system: You are a helpful assistant.
user:
Analyze the provided spectrum to determine if it is a **S-type Star**.

- **Key Indicators for S-type Star:**

    - **(Overall Spectrum Shape):** The first and most obvious characteristic is the overall continuum (the "baseline" shape). It is **extremely "red-sloping,"** meaning the flux (light intensity) is very low on the left side (blue, ~4000-4500 Å) and rises steeply and continuously toward the right side (red, ~7000 Å+).

    - **(Primary):** The spectrum is defined by the presence of strong, broad molecular absorption "valleys" (bands) from **Zirconium Oxide (ZrO)**. The identification of these bands is the **primary requirement** for classifying a star as S-type.
        - **(Key Bandheads):** You must find distinct, deep "dips" where the light has been absorbed. The most critical band systems to locate are:
            - **~6474 Å** ($\gamma$-system): This is often the strongest and clearest ZrO feature, found in the red part of the spectrum.
            - **~5718 Å** & **~5551 Å** ($\beta$-system): A pair of prominent absorption features in the yellow-orange part of the spectrum.
            - **~4640 Å** ($\alpha$-system): A key absorption band system in the blue-green region of the spectrum.

    - **(Secondary Confirmation):** The classification is strengthened by finding additional absorption bands from other related heavy element oxides, which are expected to be present alongside ZrO.
        - **(Key Bandheads):**
            - **Yttrium Oxide (YO):** Look for absorption dips near **~4800 Å** and **~6100 Å**.
            - **Lanthanum Oxide (LaO):** Additional absorption features, particularly in the red-orange part of the spectrum, are also characteristic.

    - **(Line Profile):** The combination of the steep red continuum and these numerous, deep molecular bands (ZrO, YO, etc.) gives the entire spectrum a very **"chopped-up"** or **"bumpy"** appearance. Instead of a smooth curve, the spectrum looks as though large, wide chunks of light have been "carved out" of it at the specific wavelengths listed above.

Think first, call **spectral_visualization_tool** if needed to examine features in detail, then provide your final answer. Your response must adhere to the following strict rules:
1.  **Overall Structure:** Your response must follow the format `<think>...</think> <tool_call>...</tool_call> (if a tool is used) <answer>...</answer>`.
2.  **Tool Usage Constraint:** You may only make **one** tool call per turn.
3.  **Final Answer Format:** In the `<answer>` tag, your conclusion must be inside a `\boxed{}` command (e.g., `\boxed{YES}` or `\boxed{NO}`), followed by your justification.

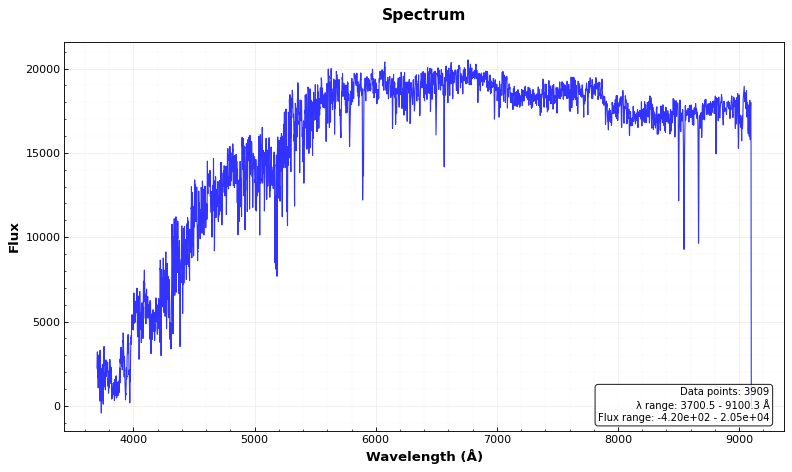
Answer: NO